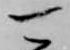
可